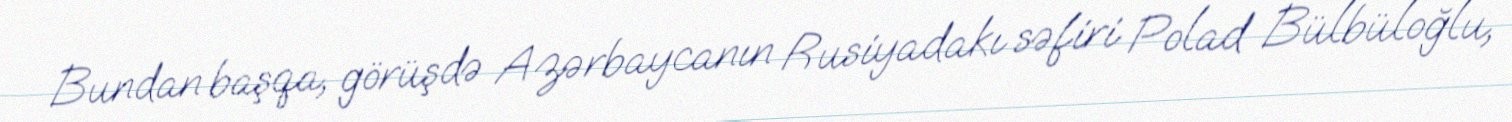
Bundan başqa, görüşdə Azərbaycanın Rusiyadakı səfiri Polad Bülbüloğlu,